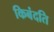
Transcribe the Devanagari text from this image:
किबंदति